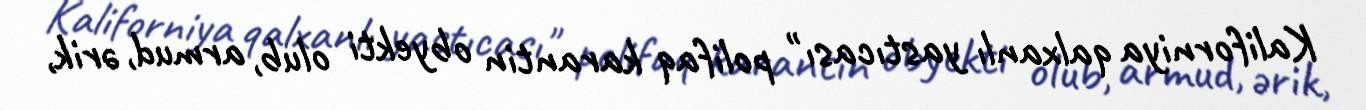
Kaliforniya qalxanlı yastıcası" polifaq karantin obyekti olub, armud, ərik,